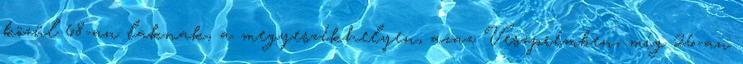
közül 68-an laknak, a megyeszékhelyen, azaz Veszprémben, míg 26-an